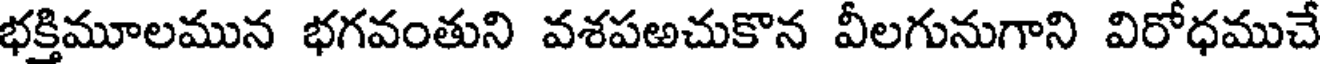
భక్తిమూలమున భగవంతుని వశపఱచుకొన వీలగునుగాని విరోధముచే